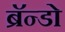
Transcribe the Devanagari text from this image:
ब्रॅन्डो